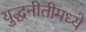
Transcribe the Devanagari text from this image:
युद्धनीतीमध्ये